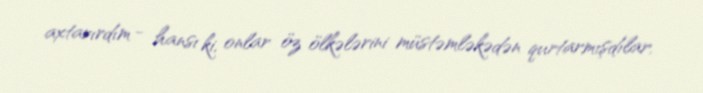
axtarırdım - hansı ki, onlar öz ölkələrini müstəmləkədən qurtarmışdılar.